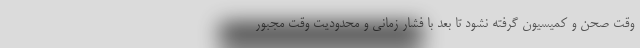
وقت صحن و کمیسیون گرفته نشود تا بعد با فشار زمانی و محدودیت وقت مجبور